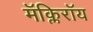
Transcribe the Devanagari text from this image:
मॅक्लिरॉय